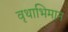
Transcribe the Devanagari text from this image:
वृथाभिमान